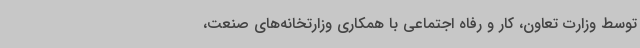
توسط وزارت تعاون، کار و رفاه اجتماعی با همکاری وزارتخانه‌های صنعت،